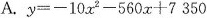
A.$$y=-10x^{2}-560x+7350$$